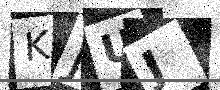
Text: KJUJ